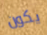
يكون